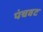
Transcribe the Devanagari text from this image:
पंचवट